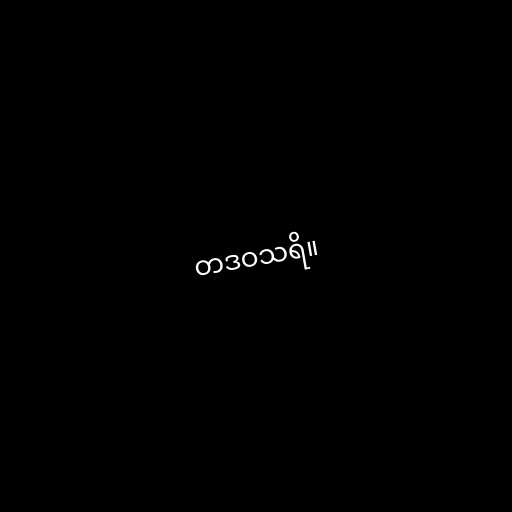
တဒဝသရိ။